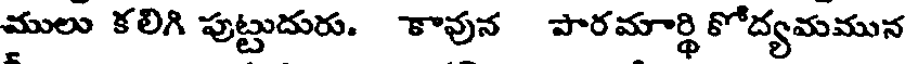
ములు కలిగి పుట్టుదురు. కావున పారమార్థి కోద్యమమున